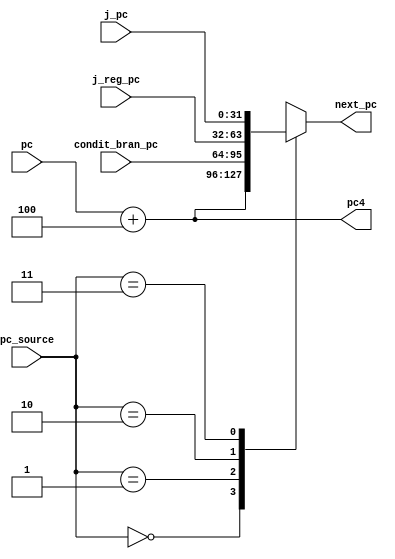
module pipe_if(
  pc_source,pc,condit_bran_pc,j_reg_pc,j_pc,next_pc,pc4
);

    input   [1:0]  pc_source;
    input   [31:0] pc,condit_bran_pc,j_reg_pc,j_pc;
    output  [31:0] next_pc,pc4;
    reg     [31:0] next_pc,pc4;
    //  pc_source       next_pc
    //  00              pc+4(pc4)
    //  01              condit_bran_pc     conditional branch pc
    //  10              j_reg_pc           jump to  register address
    //  11              j_pc               jump to  immediate address 
    always @(*) begin
        pc4=pc+'d4;
      case (pc_source)
        2'b00: next_pc=pc4;
        2'b01: next_pc=condit_bran_pc;
        2'b10: next_pc=j_reg_pc;
        2'b11: next_pc=j_pc; 
        default: $display("Invalid pc_source!");
      endcase
    end

endmodule